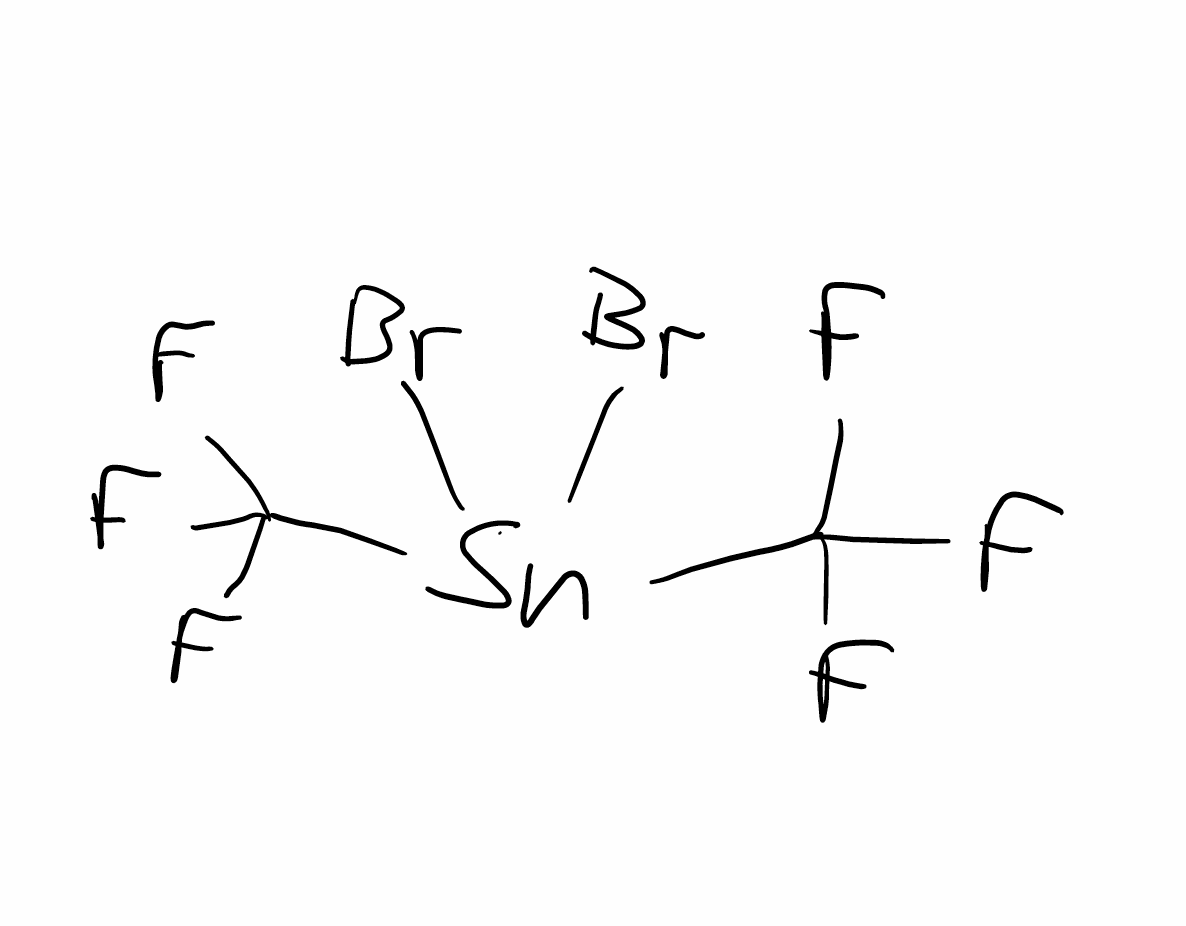
Simplified molecular-input line-entry system (SMILES) notation of the given molecule:
C(F)(F)(F)[Sn](C(F)(F)F)(Br)Br